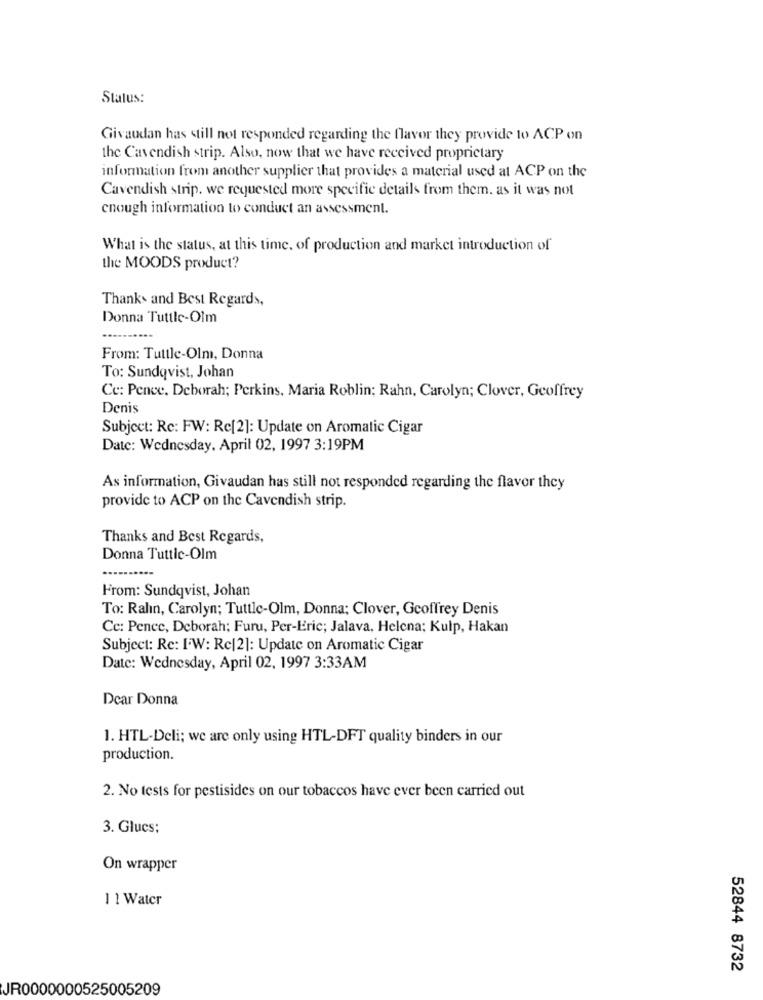
Status:
Givaudan has still not responded regarding the flavor they provide to ACP on
the Cavendish strip. Also, now that we have received proprietary
information from another supplier that provides a material used at ACP on the
Cavendish strip. we requested more specific details from them. as it was not
enough information to conduct an assessment.
What is the status, at this time, of production and market introduction of
the MOODS product?
Thanks and Best Regards,
Donna Tuttle-Oim
From: Tuttle-Olm, Donna
To: Sundqvist, Johan
Ce: Pence, Deborah; Perkins. Maria Roblin; Rahn, Carolyn; Clover, Geoffrey
Denis
Subject: Rc: FW: Rc[2]: Update on Aromatic Cigar
Date: Wednesday, April 02, 1997 3:19PM
As information, Givaudan has still not responded regarding the flavor they
provide to ACP on the Cavendish strip.
Thanks and Best Regards,
Donna Tuttic-Olm
.---
From: Sundqvist, Johan
To: Ralın, Carolyn; Tuttle-Olm, Donna; Clover, Geoffrey Denis
Cc: Penec, Deborah; Furu, Per-Eric; Jalava, Helena; Kulp, Hakan
Subject: Re: IW: Rc|2]: Update on Aromatic Cigar
Date: Wednesday, April 02, 1997 3:33AM
Dear Donna
1. HTL-Deli; we are only using HTL-DFT quality binders in our
production.
2. No tests for pestisides on our tobaccos have ever been carried out
3. Glucs;
On wrapper
1 1 Water
52844 8732
JR0000000525005209